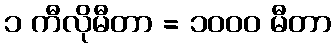
၁ ကီလိုမီတာ = ၁၀၀၀ မီတာ